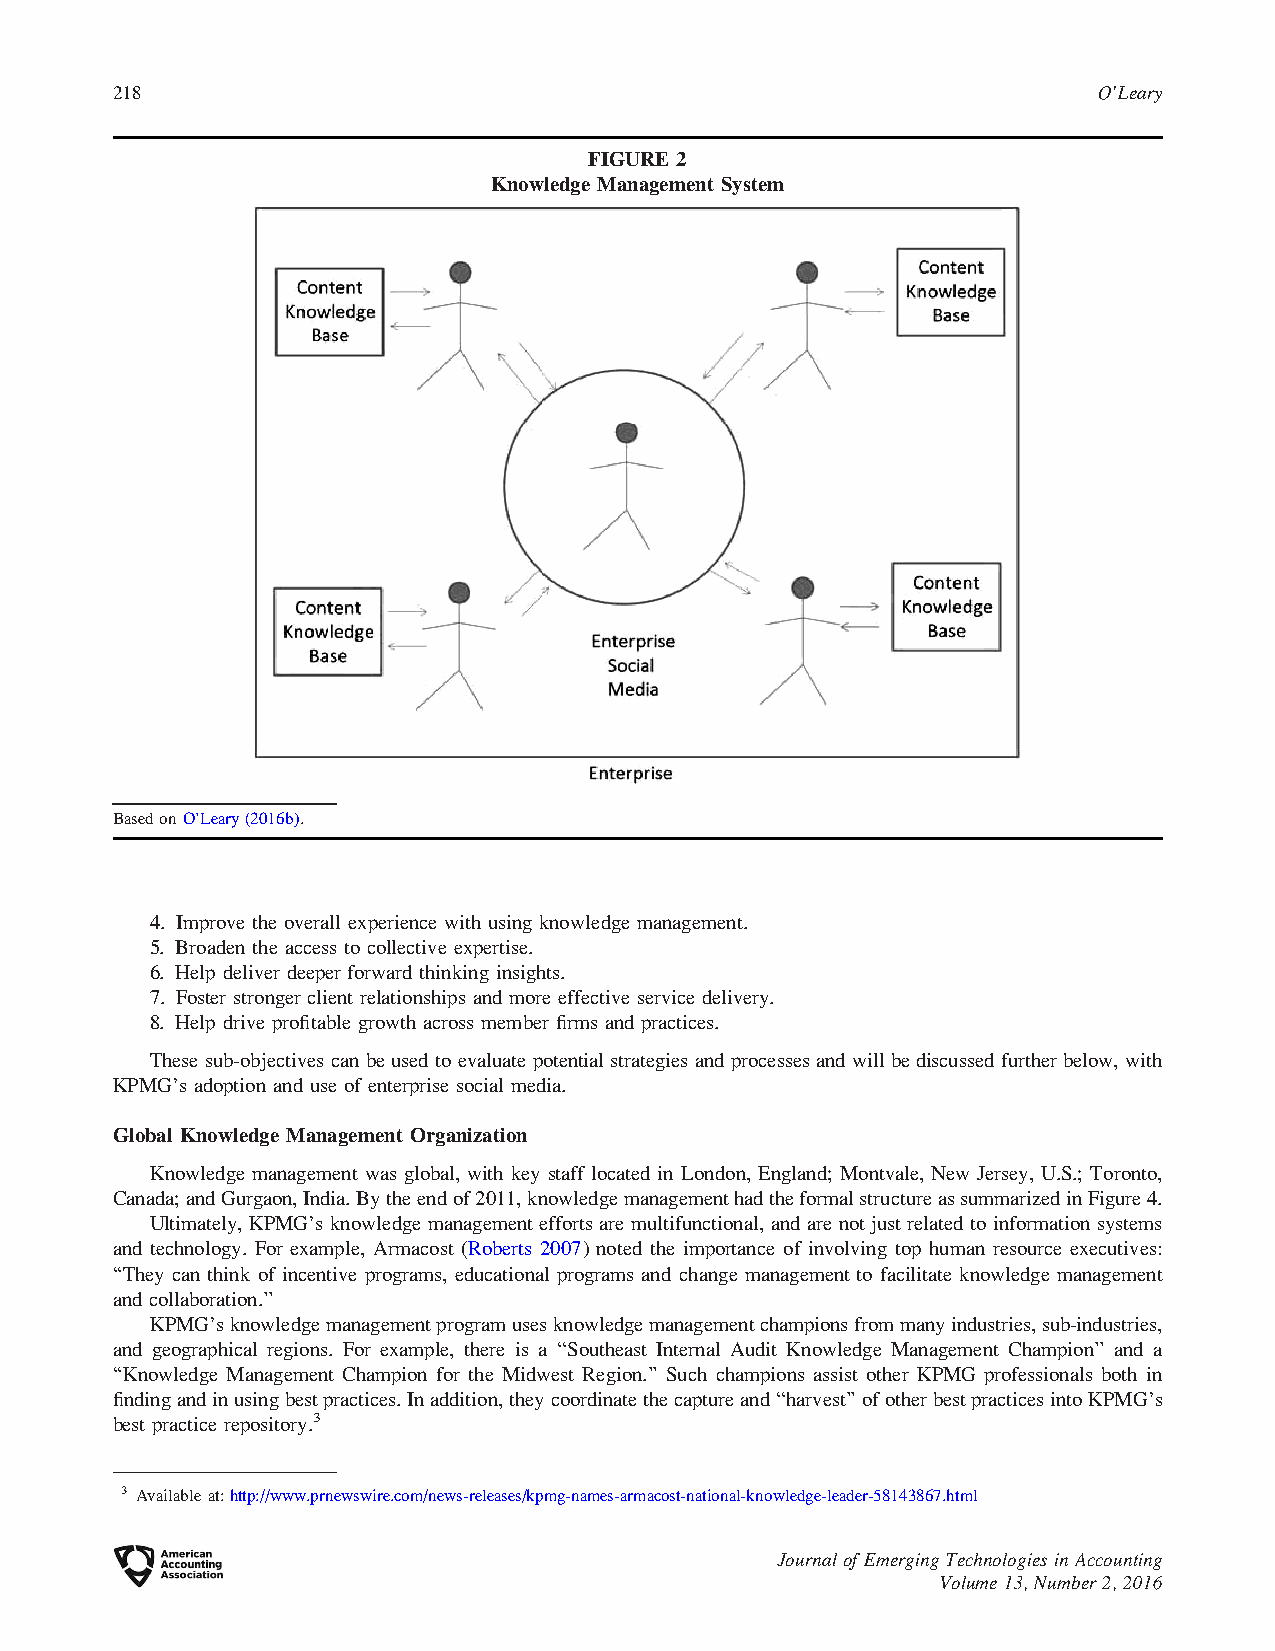
218                                                               O’Leary
 FIGURE 2
 Knowledge Management System
 BasedonO’Leary(2016b).
 4. Improve the overall experience with using knowledge management.
 5. Broaden the access to collective expertise.
 6. Help deliver deeper forward thinking insights.
 7. Foster stronger client relationships and more effective service delivery.
 8. Help drive profitable growth across member firms and practices.
 These sub-objectives can be used to evaluate potential strategies and processes and will be discussed further below, with
 KPMG’s adoption and use of enterprise social media.
 Global Knowledge Management Organization
 Knowledge management was global, with key staff located in London, England; Montvale, New Jersey, U.S.; Toronto,
 Canada;andGurgaon,India.Bytheendof2011,knowledgemanagementhadtheformalstructureassummarizedinFigure4.
 Ultimately, KPMG’s knowledge management efforts are multifunctional, and are not just related to information systems
 and technology. For example, Armacost (Roberts 2007) noted the importance of involving top human resource executives:
 ‘‘They can think of incentive programs, educational programs and change management to facilitate knowledge management
 and collaboration.’’
 KPMG’sknowledgemanagementprogramusesknowledgemanagementchampionsfrommanyindustries,sub-industries,
 and geographical regions. For example, there is a ‘‘Southeast Internal Audit Knowledge Management Champion’’ and a
 ‘‘Knowledge Management Champion for the Midwest Region.’’ Such champions assist other KPMG professionals both in
 findingandinusingbestpractices.Inaddition,theycoordinatethecaptureand‘‘harvest’’ofotherbestpracticesintoKPMG’s
 best practice repository.3
 3 Availableat:http://www.prnewswire.com/news-releases/kpmg-names-armacost-national-knowledge-leader-58143867.html
 Journal of Emerging Technologies in Accounting
 Volume 13, Number 2, 2016